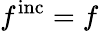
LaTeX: f^{\mathrm{inc}}=f